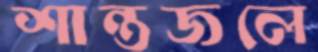
শান্তজলে